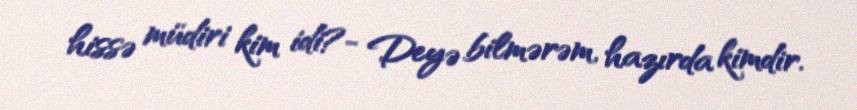
hissə müdiri kim idi?- Deyə bilmərəm, hazırda kimdir.